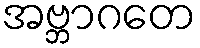
အဗ္ဘာဂတေ